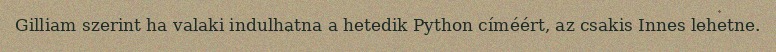
Gilliam szerint ha valaki indulhatna a hetedik Python címéért, az csakis Innes lehetne.